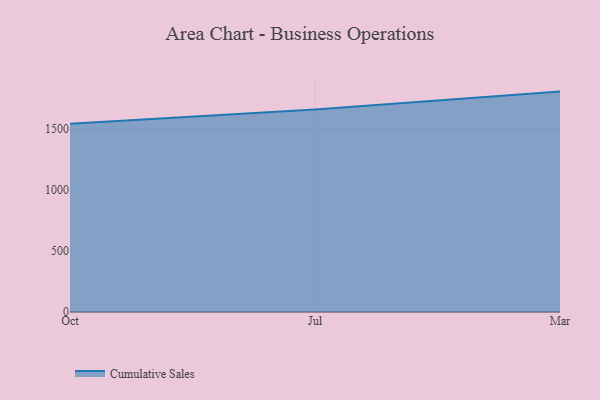
{"axis": {"x": "Month", "y": "Revenue (USD Million)"}, "legend": ["Cumulative Sales"], "data": [{"x": "Oct", "y": 1541.9, "type": "Cumulative Sales"}, {"x": "Jul", "y": 1658.7, "type": "Cumulative Sales"}, {"x": "Mar", "y": 1804.7, "type": "Cumulative Sales"}]}